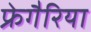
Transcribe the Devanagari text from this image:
फ्रेगैरिया